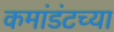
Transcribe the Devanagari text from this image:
कमांडंटच्या